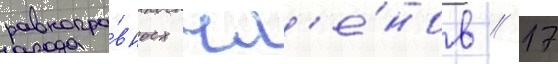
равнопра́вных чл'е́нов // 17